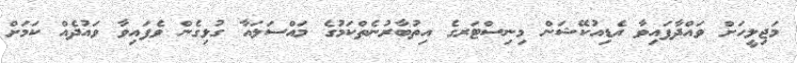
މަޖިލީހަށް ވައްދާފައިވާ އެޑިއުކޭޝަން މިނިސްޓަރގެ އިތުބާރުނެތްކަމުގެ މައްސަލައާ ގުޅިގެން ވެފައިވާ ވައުދެއް ކަމަށް